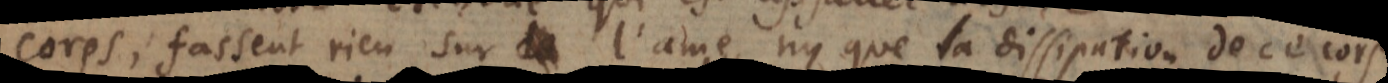
corps, fassent rien sur l’ame, ny que sa dissipation la